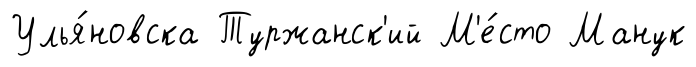
Улья́новска Туржанск'ий М'е́сто Манук